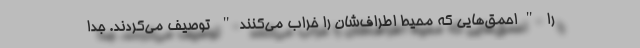
را "احمق‌هایی که محیط اطراف‌شان را خراب می‌کنند" توصیف می‌کردند. جدا